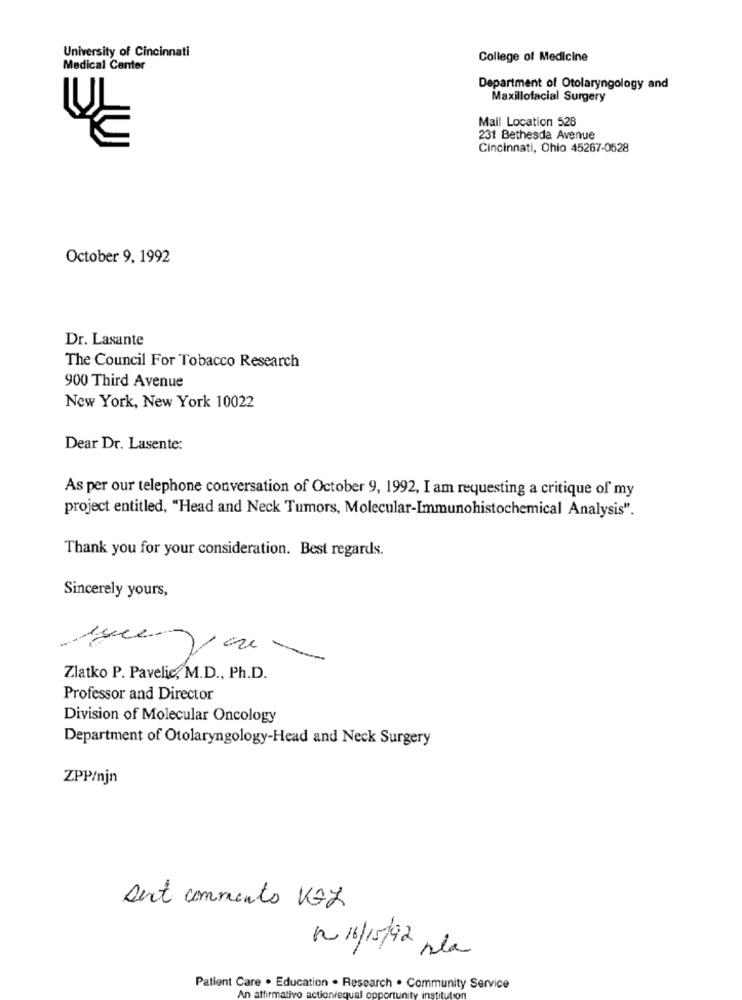
University of Cincinnati
College of Medicine
Medical Center
Department of Otolaryngology and
Maxillofacial Surgery
Mail Location 528
231 Bethesda Avenue
Cincinnati, Ohio 45267-0528
October 9, 1992
Dr. Lasante
The Council For Tobacco Research
900 Third Avenue
New York, New York 10022
Dear Dr. Lasente:
As per our telephone conversation of October 9, 1992, I am requesting a critique of my
project entitled, "Head and Neck Tumors, Molecular-Immunohistochemical Analysis".
Thank you for your consideration. Best regards.
Sincerely yours,
Zlatko P. Pavelic, M.D ., Ph.D.
Professor and Director
Division of Molecular Oncology
Department of Otolaryngology-Head and Neck Surgery
ZPP/njn
sert comments VGZ
nº 16/15/92 pla
Patient Care . Education . Research . Community Service
An affirmative actionviequal opp
rtunity in